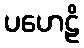
ပဟေဠိ